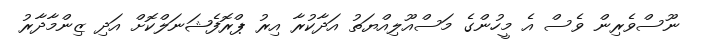
ނޫސްވެރިން ވެސް އެ މީހުންގެ މަސްއޫލިއްޔަތު އަދާކުރާ އިރު ޕްރޮފެޝަނަލްކޮށް އަދި ޒިންމާދާރު